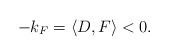
LaTeX: \begin{align*}-k_F=\langle D, F \rangle< 0.\end{align*}